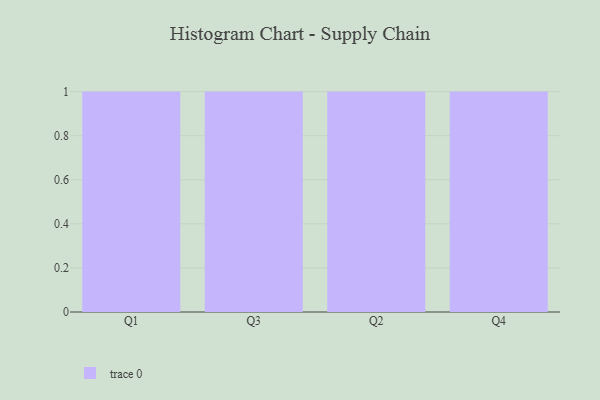
{"axis": {"x": "Quarter", "y": "Production Output"}, "legend": [""], "data": [{"x": "Q1", "y": 40, "type": ""}, {"x": "Q3", "y": 87, "type": ""}, {"x": "Q2", "y": 61, "type": ""}, {"x": "Q4", "y": 56, "type": ""}]}